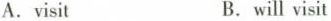
A.visit B.will visit